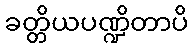
ခတ္တိယပဏ္ဍိတာပိ